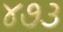
૪૭૩